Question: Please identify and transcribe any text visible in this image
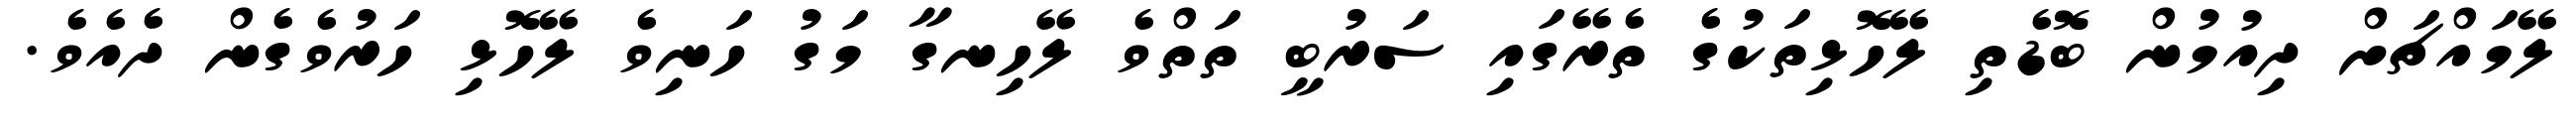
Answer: ލޭމައްޗަށް ދިއުމުން ބޮޑެތި ލޭހޮޅިތަކުގެ ތެރޭގައި ސަރުބީ ތަތްވެ ލޭހިނގާ މަގު ހަނިވެ ލޭހޮޅި ހަރުވެގެން ދެއެވެ.